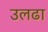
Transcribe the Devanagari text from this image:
उलढा